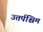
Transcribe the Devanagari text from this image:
उत्तर्पश्चिम